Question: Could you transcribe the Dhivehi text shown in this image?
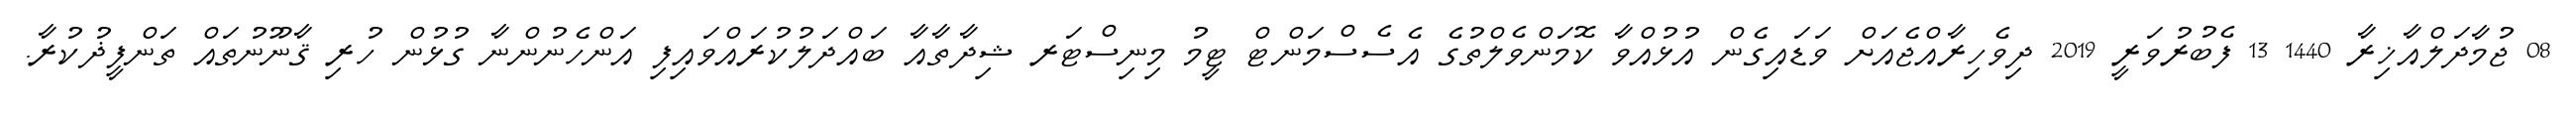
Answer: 08 ޖުމާދަލްއާޚިރާ 1440 13 ފެބުރުވަރީ 2019 ދިވެހިރާއްޖެއަށް ވަޑައިގެން އުޅުއްވާ ކޮމަންވެލްތުގެ އެސެސްމަންޓް ޓީމު މިނިސްޓަރ ޝިދާތާއާ ބައްދަލުކުރައްވައިފި އަންހެނުންނާ ގުޅުން ހުރި ޤާނޫނުތައް ތަންފީޛުކުރާ.